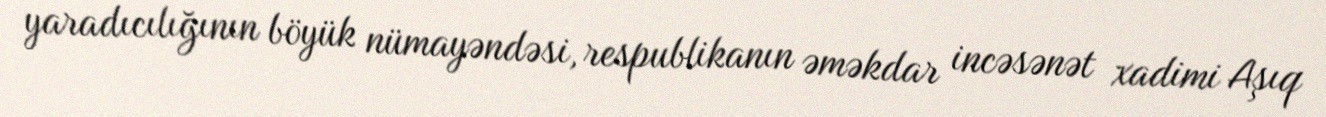
yaradıcılığının böyük nümayəndəsi, respublikanın əməkdar incəsənət xadimi Aşıq